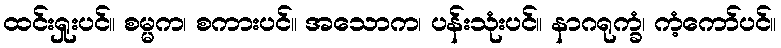
ထင်းရှုးပင်။ စမ္မက၊ စကားပင်။ အသောက၊ ပန်းသုံးပင်။ နာဂရုက္ခံ၊ ကံ့ကော်ပင်။